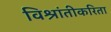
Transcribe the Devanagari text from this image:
विश्रांतीकरिता